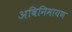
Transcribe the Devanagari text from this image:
अबिनिमायण